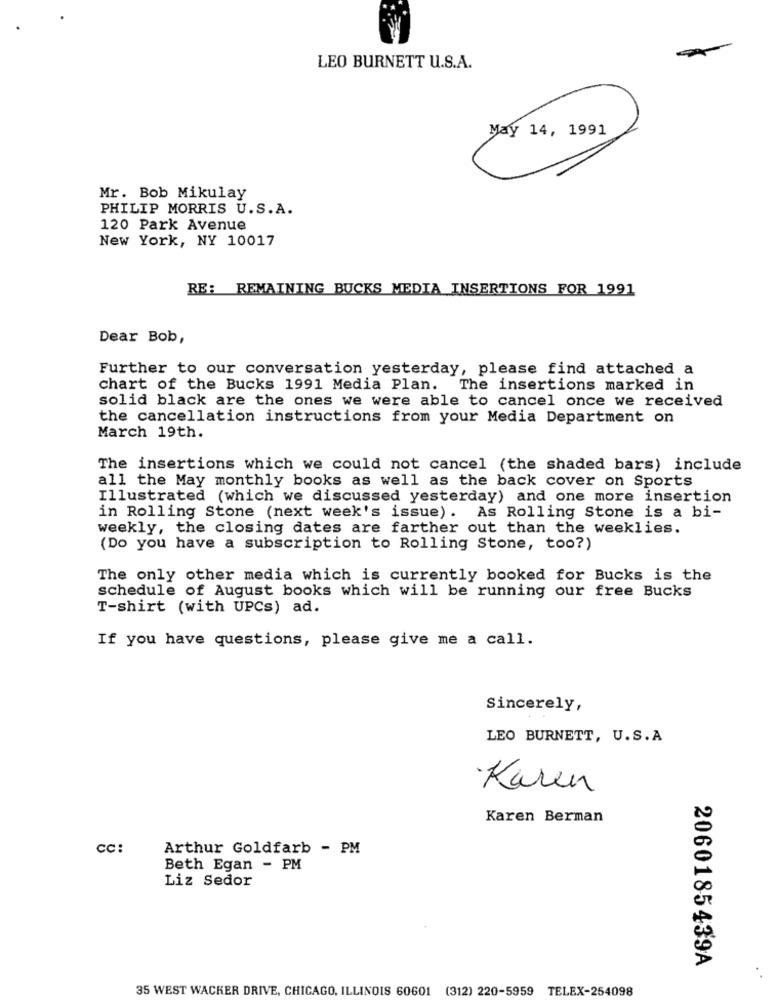
LEO BURNETT U.S.A.
May 14, 1991
Mr. Bob Mikulay
PHILIP MORRIS U.S.A.
120 Park Avenue
New York, NY 10017
RE: REMAINING BUCKS MEDIA INSERTIONS FOR 1991
Dear Bob,
Further to our conversation yesterday, please find attached a
chart of the Bucks 1991 Media Plan. The insertions marked in
solid black are the ones we were able to cancel once we received
the cancellation instructions from your Media Department on
March 19th.
The insertions which we could not cancel (the shaded bars) include
all the May monthly books as well as the back cover on Sports
Illustrated (which we discussed yesterday) and one more insertion
in Rolling Stone (next week's issue). As Rolling Stone is a bi-
weekly, the closing dates are farther out than the weeklies.
(Do you have a subscription to Rolling Stone, too?)
The only other media which is currently booked for Bucks is the
schedule of August books which will be running our free Bucks
T-shirt (with UPCs) ad.
If you have questions, please give me a call.
Sincerely,
LEO BURNETT, U.S. A
Karen
Karen Berman
cc:
Arthur Goldfarb - PM
Beth Egan - PM
Liz Sedor
2060185439A
35 WEST WACKER DRIVE, CHICAGO, ILLINOIS 60601 (312) 220-5959 TELEX-254098